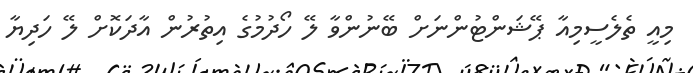
މިއީ ތެލެސީމިއާ ޕޭޝަންޓުންނަށް ބޭނުންވާ ލޭ ހޯދުމުގެ އިތުރުން އާދަކޮށް ލޭ ހަދިޔާ